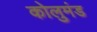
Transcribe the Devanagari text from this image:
कोलुमंड